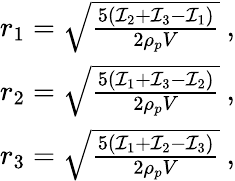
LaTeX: \begin{array}{r}{r_{1}=\sqrt{\frac{5(\mathcal{I}_{2}+\mathcal{I}_{3}-\mathcal{I}_{1})}{2\rho_{p}V}}\ ,}\\ {r_{2}=\sqrt{\frac{5(\mathcal{I}_{1}+\mathcal{I}_{3}-\mathcal{I}_{2})}{2\rho_{p}V}}\ ,}\\ {r_{3}=\sqrt{\frac{5(\mathcal{I}_{1}+\mathcal{I}_{2}-\mathcal{I}_{3})}{2\rho_{p}V}}\ ,}\end{array}